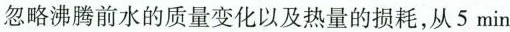
忽略沸腾前水的质量变化以及热量的损耗，从5min